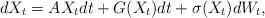
LaTeX: \begin{align*}dX_t=AX_tdt+G(X_t)dt+\sigma(X_t)dW_t,\end{align*}